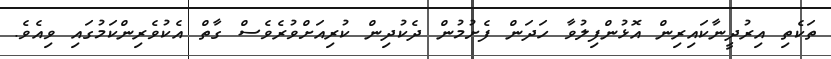
ތަކެތި އިރުދީނާކައިރިން އޮޅުންފިލުވާ ހަދަން ފެށުމުން ދެކުދިން ކުރިއަށްވުރެވެސް ގާތް އެކުވެރިންކަމުގައި ވިއެވެ.